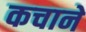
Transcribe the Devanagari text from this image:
कचाने